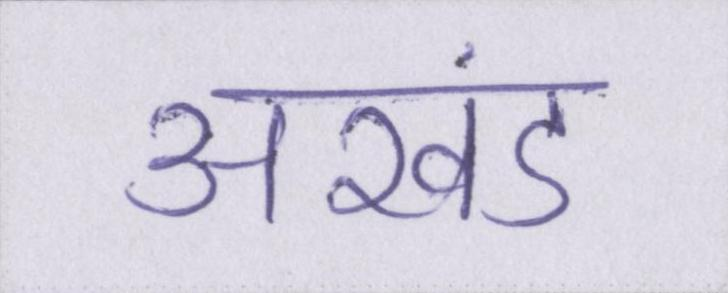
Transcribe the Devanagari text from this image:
अखंड